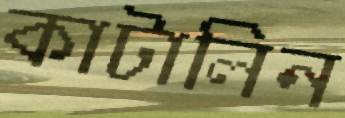
কাটালিন